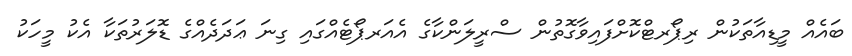
ބައެއް މީޑިއާތަކުން ރިޕޯރޓްކޮށްފައިވާގޮތުން ސްރީލަންކާގެ އެއަރޕޯޓެއްގައި ގިނަ ޢަދަދެއްގެ ޑޮލަރުތަކާ އެކު މީހަކު